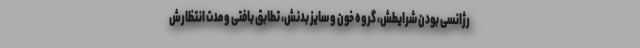
رژانسی بودن شرایطش، گروه خون و سایز بدنش، تطابق بافتی و مدت انتظارش